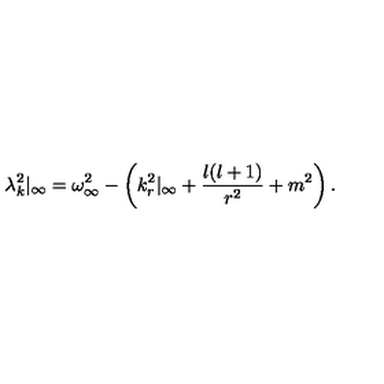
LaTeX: \lambda _ { k } ^ { 2 } | _ { \infty } = \omega _ { \infty } ^ { 2 } - \left( k _ { r } ^ { 2 } | _ { \infty } + { \frac { l ( l + 1 ) } { r ^ { 2 } } } + m ^ { 2 } \right) .